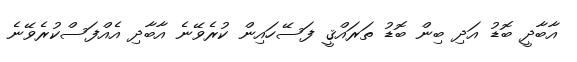
އާބާދީ ބޮޑު އަދި ބިން ބޮޑު ތަރައްޤީ ފަސޭހައިން ކުރެވޭނެ އާބާދި އެއްފަސްކުރެވޭނެ